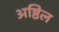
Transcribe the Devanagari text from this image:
अष्ठिल